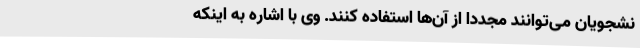
نشجویان می‌توانند مجدداً از آن‌ها استفاده کنند. وی با اشاره به اینکه